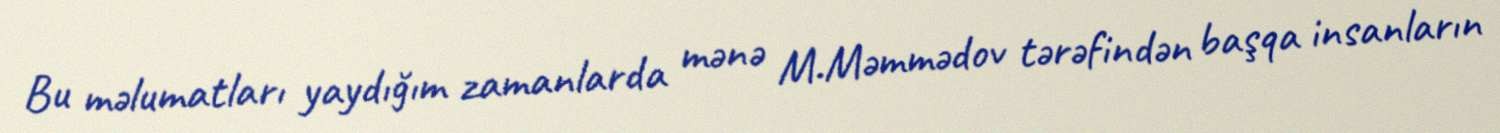
Bu məlumatları yaydığım zamanlarda mənə M.Məmmədov tərəfindən başqa insanların